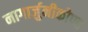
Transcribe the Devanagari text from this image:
नागार्जुनीकोण्ड